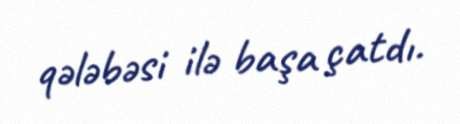
qələbəsi ilə başa çatdı.